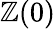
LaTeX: \mathbb{Z}(0)